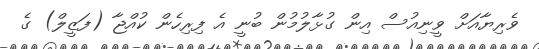
ވެރިޔާއަށް ވީނިއުސް އިން ގުޅާލުމުން ބުނީ އެ ފިރިހެން ކުއްޖާ (ފަޒީލް) ގެ